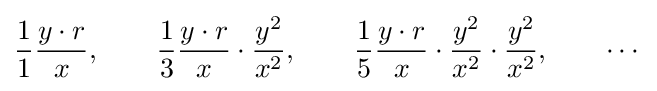
{\frac {1}{1}}{\frac {y\cdot r}{x}},\qquad {\frac {1}{3}}{\frac {y\cdot r}{x}}\cdot {\frac {y^{2}}{x^{2}}},\qquad {\frac {1}{5}}{\frac {y\cdot r}{x}}\cdot {\frac {y^{2}}{x^{2}}}\cdot {\frac {y^{2}}{x^{2}}},\qquad \cdots